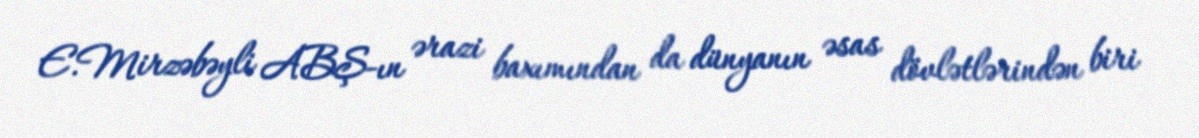
E.Mirzəbəyli ABŞ-ın ərazi baxımından da dünyanın əsas dövlətlərindən biri